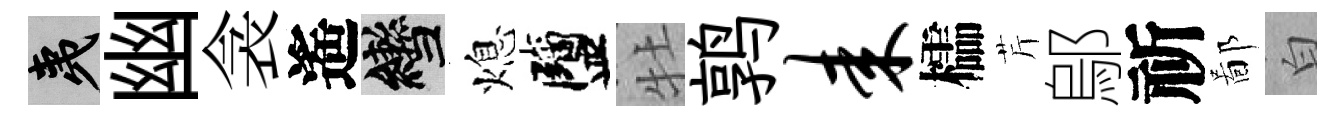
夷幽衾遙轡熄鹽牡鹑耒櫺芹鄔祈鄙白